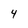
Character: Y